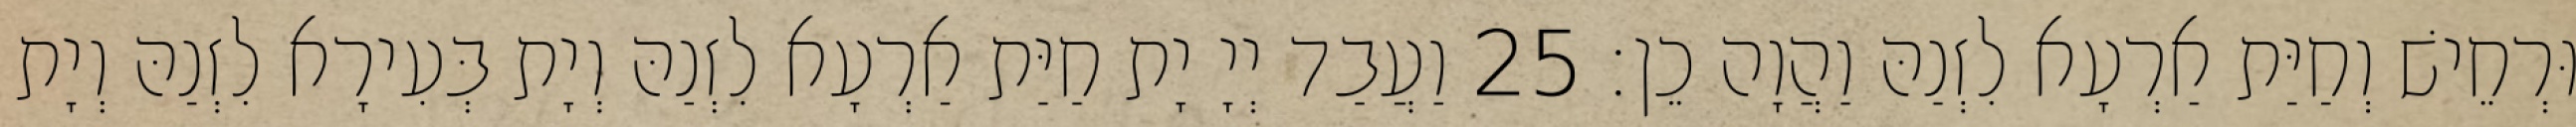
וּרְחֵישׁ וְחַיַּת אַרְעָא לִזְנַהּ וַהֲוָה כֵן׃ 25 וַעֲבַד יְיָ יָת חַיַּת אַרְעָא לִזְנַהּ וְיָת בְּעִירָא לִזְנַהּ וְיָת